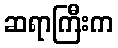
ဆရာကြီးက